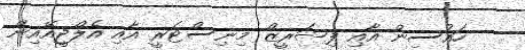
ހައުސިން އާއި ފިޝަރީޒް މިނިސްޓަރީ އާއި އެލްޖީއޭއިން